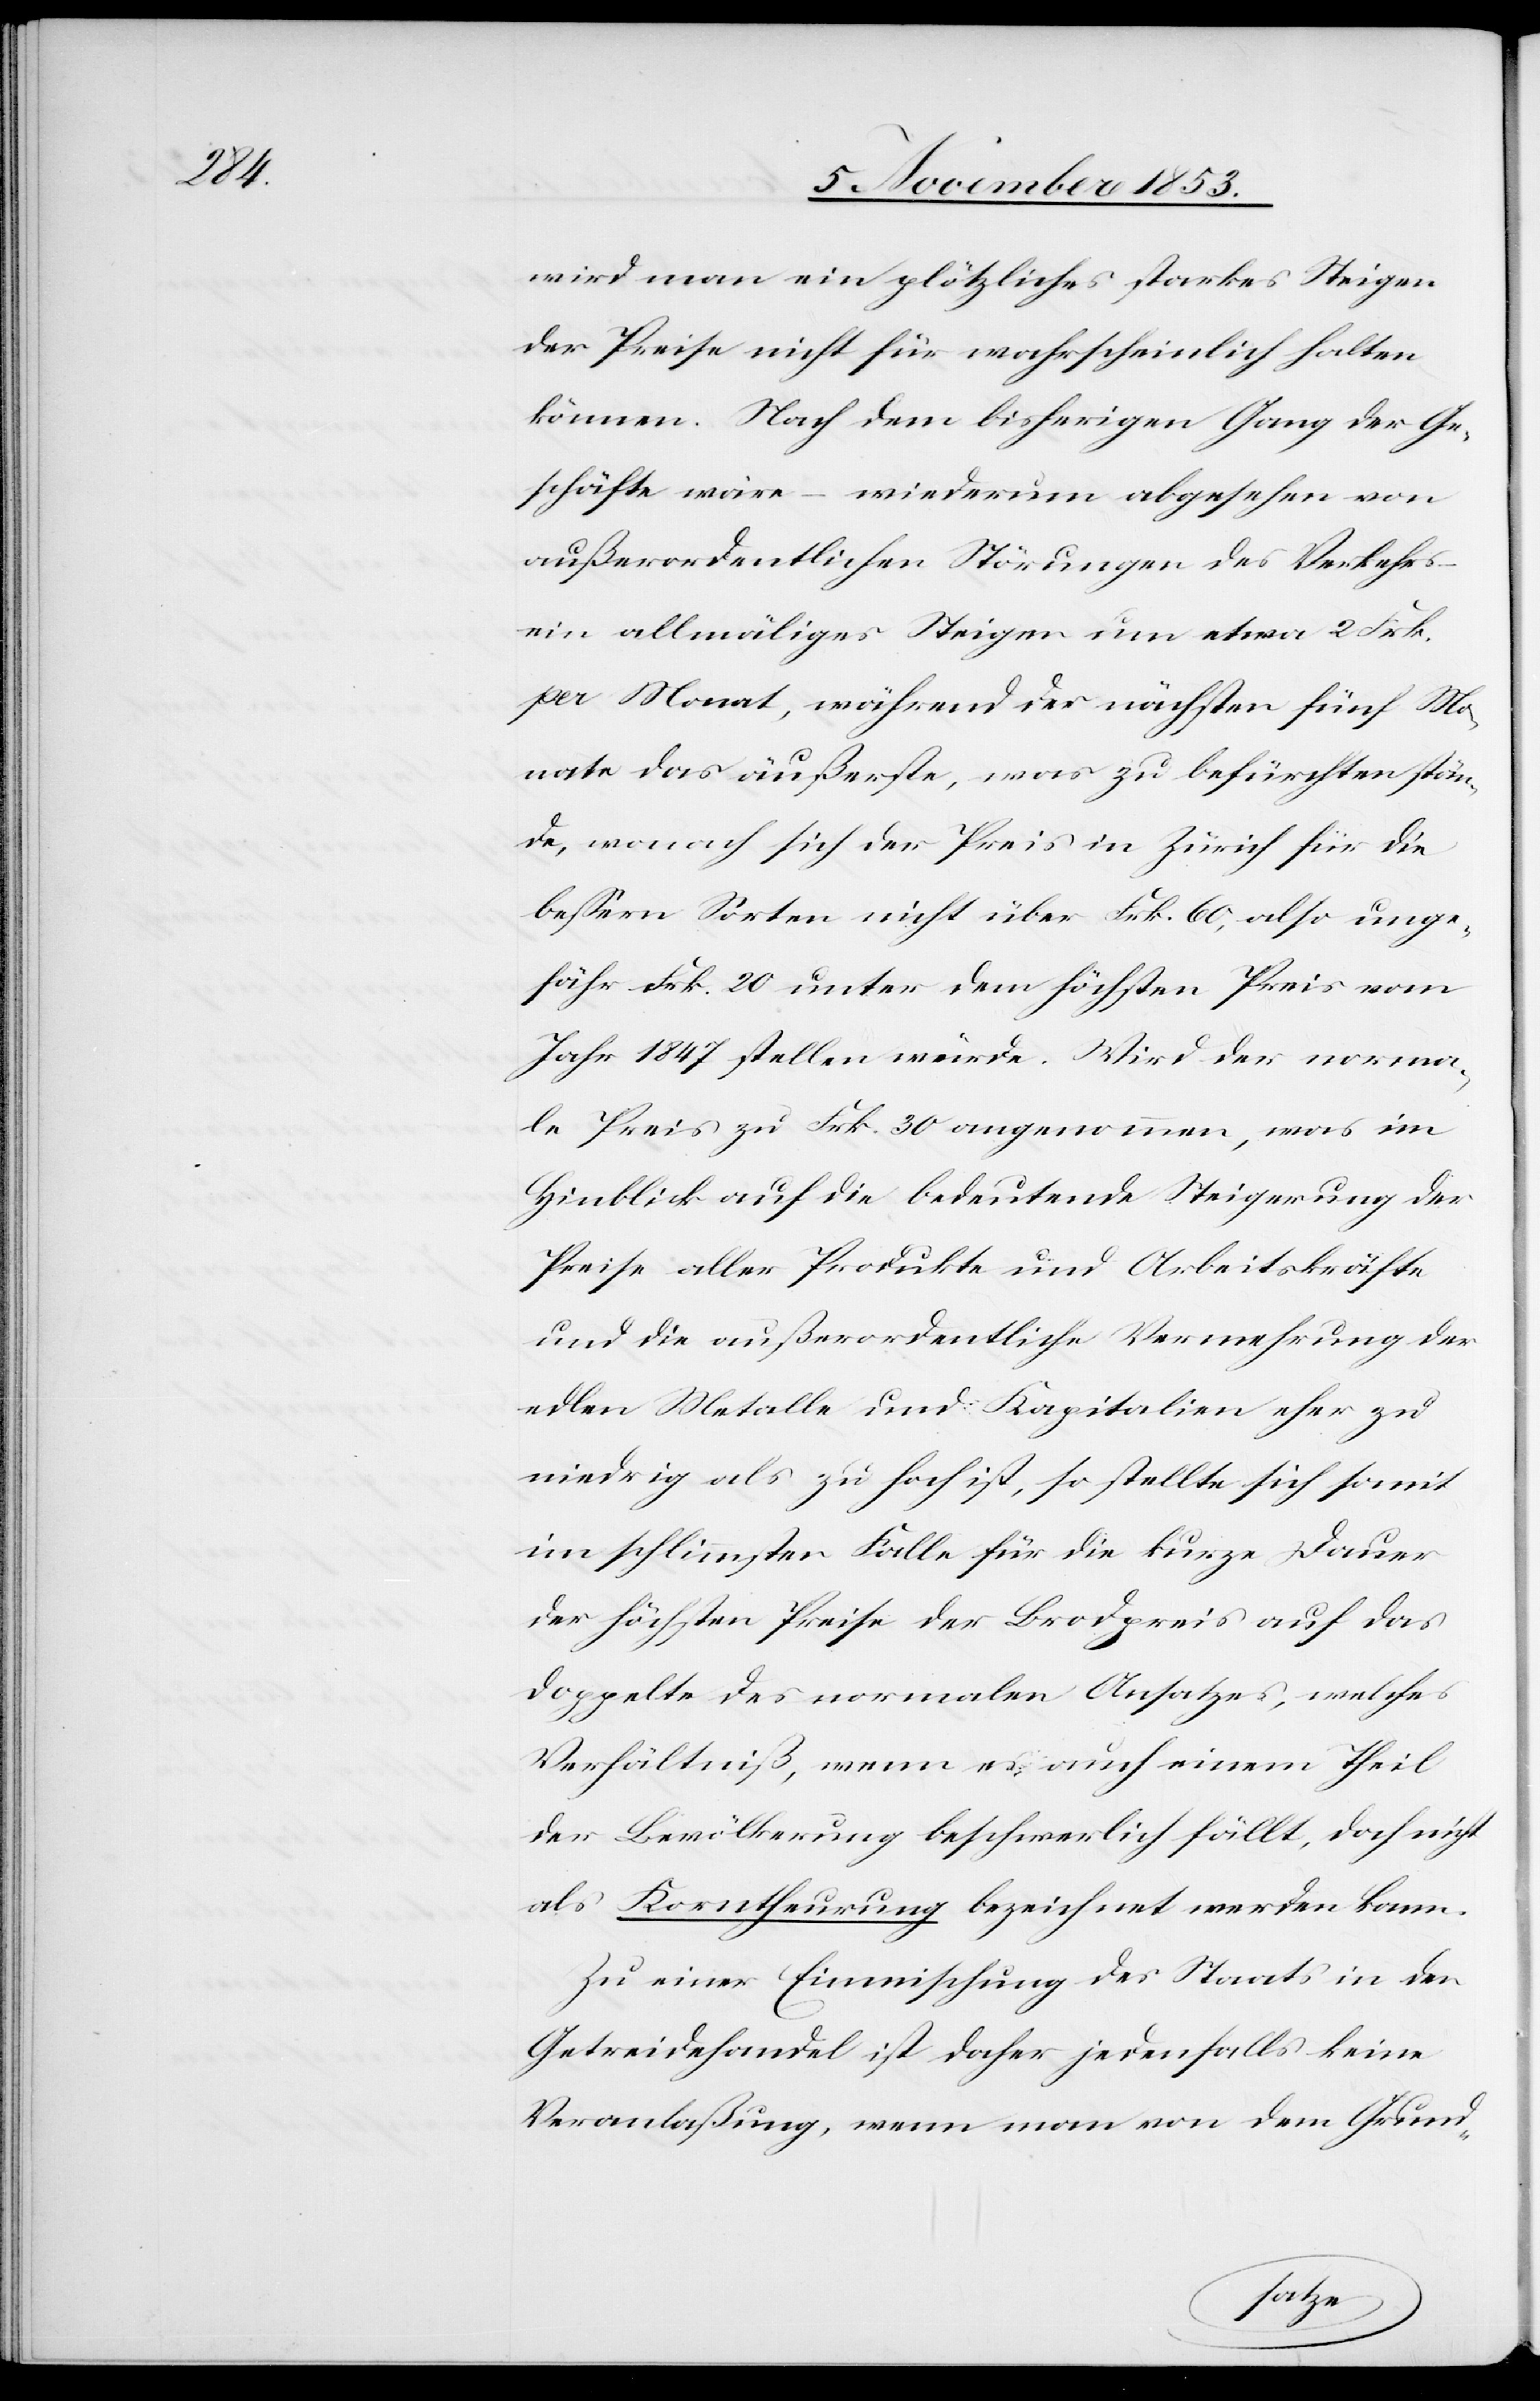
wird man ein plötzliches starkes Steigen
der Preise nicht für wahrscheinlich halten
können. Nach dem bisherigen Gang der Ge¬
schäfte wäre – wiederum abgesehen von
außerordentlichen Störungen des Verkehrs
ein allmäliges Steigen um etwa 2 Frk.
pro Monat, während der nächsten fünf Mo¬
nate das äußerste, was zu befürchten stän¬
de, wonach sich der Preis in Zürich für die
beßern Sorten nicht über Frk. 60, also unge¬
fähr Frk. 20 unter dem höchsten Preis vom
Jahr 1847 stellen würde. Wird der norma¬
le Preis zu Frk. 30 angenommen, was im
Hinblick auf die bedeutende Steigerung der
Preise aller Produkte und Arbeitskräfte
und die außerordentliche Vermehrung der
edlen Metalle und Kapitalien eher zu
niedrig als zu hoch ist, so stellte sich somit
im schlimmsten Falle für die kurze Dauer
der höchsten Preise der Brodpreis auf das
doppelte des normalen Ansatzes, welches
Verhältniß, wenn es auch einem Theil
der Bevölkerung beschwerlich fällt, doch nicht
als Korntheuerung bezeichnet werden kann.
Zu einer Einmischung des Staats in den
Getreidehandel ist daher jedenfalls keine
Veranlaßung, wenn man von dem Grund-